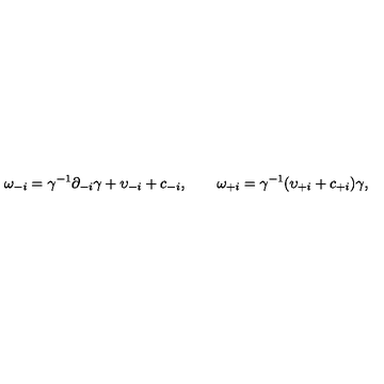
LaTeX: \omega _ { - i } = \gamma ^ { - 1 } \partial _ { - i } \gamma + \upsilon _ { - i } + c _ { - i } , \qquad \omega _ { + i } = \gamma ^ { - 1 } ( \upsilon _ { + i } + c _ { + i } ) \gamma ,